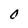
Character: O